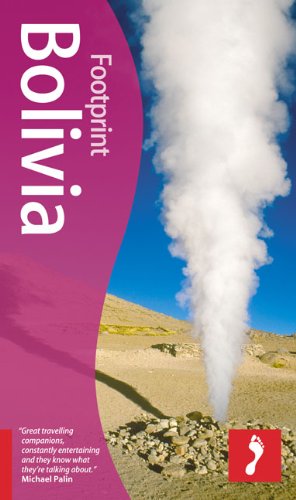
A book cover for Bolivia, 4th (Footprint - Travel Guides); Julius Honnor; Travel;